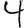
Digit: 4